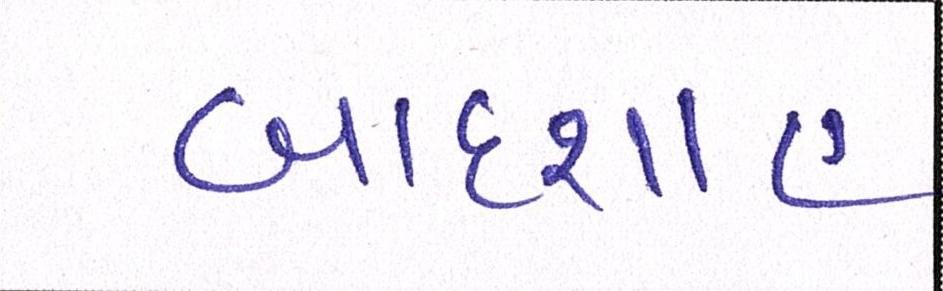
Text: બાદશાહ